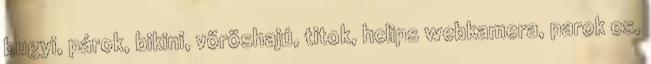
bugyi, párok, bikini, vöröshajú, titok, hclips webkamera, parok es,